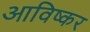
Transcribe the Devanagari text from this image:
आविष्कर